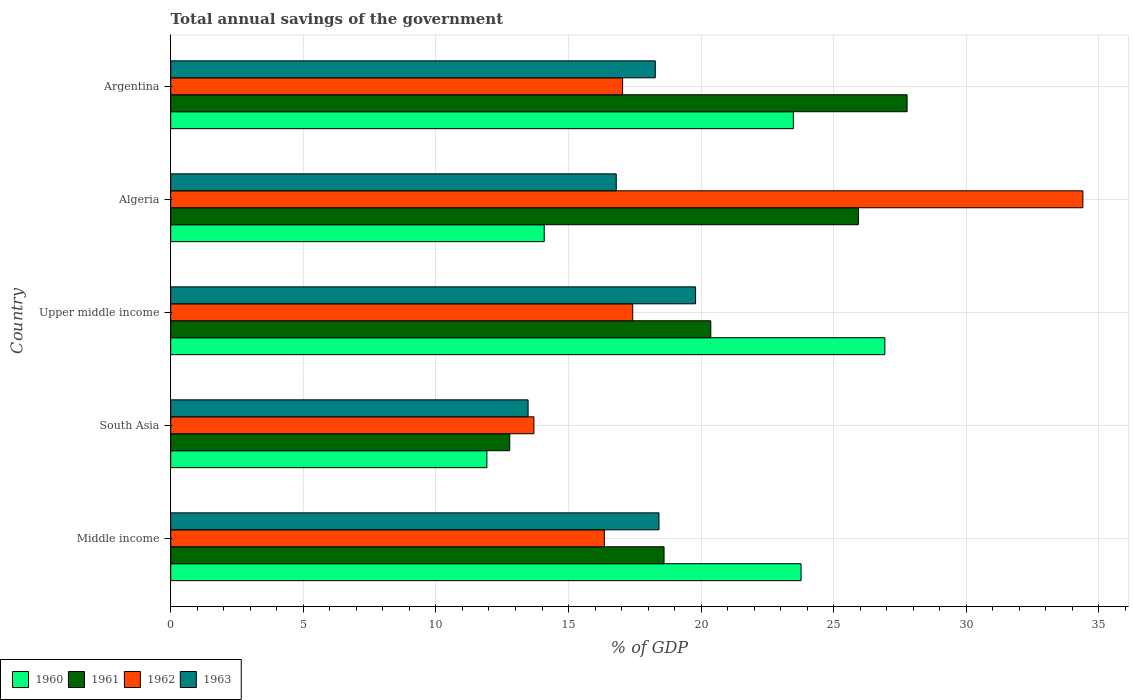
| Country | 1960 | 1961 | 1962 | 1963 |
 | --- | --- | --- | --- | --- |
 | Middle income | 23.8 | 18.6 | 16.4 | 18.4 |
 | South Asia | 11.9 | 12.8 | 13.7 | 13.5 |
 | Upper middle income | 26.9 | 20.4 | 17.4 | 19.8 |
 | Algeria | 14.1 | 25.9 | 34.4 | 16.8 |
 | Argentina | 23.5 | 27.8 | 17 | 18.3 |